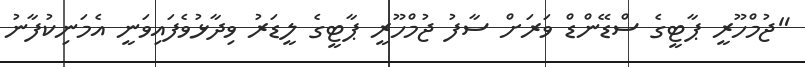
"ޖުމްހޫރީ ޕާޓީގެ ސްޑޭންޑް ވަރަށް ސާފު ޖުމްހޫރީ ޕާޓީގެ ލީޑަރު ވިދާޅުވެފައިވަނީ އެމަނިކުފާނު